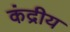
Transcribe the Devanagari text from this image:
कंद्रीय